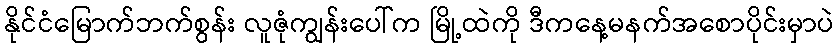
နိုင်ငံမြောက်ဘက်စွန်း လူဇုံကျွန်းပေါ်က မြို့ထဲကို ဒီကနေ့မနက်အစောပိုင်းမှာပဲ